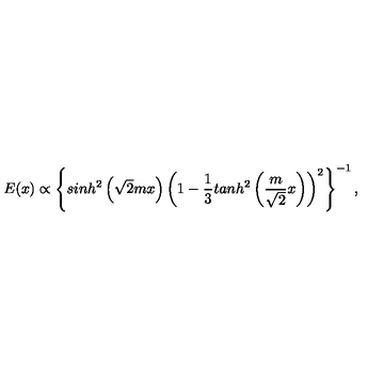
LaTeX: E ( x ) \propto \left\{ s i n h ^ { 2 } \left( \sqrt { 2 } m x \right) \left( 1 - \frac 1 3 t a n h ^ { 2 } \left( \frac { m } { \sqrt 2 } x \right) \right) ^ { 2 } \right\} ^ { - 1 } ,